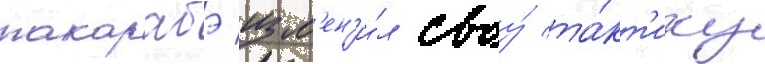
такарабэ изм'ен'и́л своу́ та́кт'ику